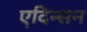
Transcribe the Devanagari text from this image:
एदिन्सन